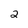
Character: 2